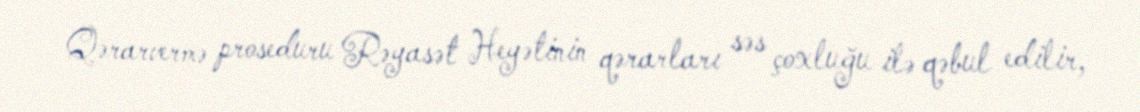
Qərarvermə proseduru Rəyasət Heyətinin qərarları səs çoxluğu ilə qəbul edilir,